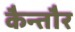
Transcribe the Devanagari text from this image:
कैन्तौर